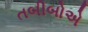
તબીબોએ